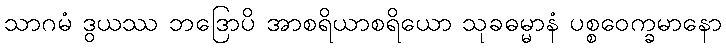
သာဂမံ ဒွယဿ ဘဒြောပိ အာစရိယာစရိယော သုခဓမ္မာနံ ပစ္စဝေက္ခမာနော